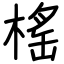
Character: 榣